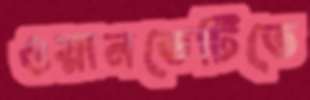
ওয়ানডেটিতে